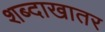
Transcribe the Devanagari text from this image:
शब्दाखातर